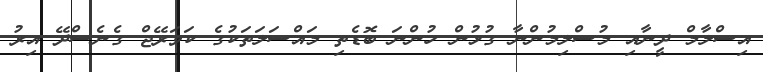
އިސްލާމް ދީނާއި މުސްލިމުންނާ ގުޅުން ހުންނަ ބޮޑެތި މައްސަލަތަކުގެ ކަވަރޭޖް ގެނެސްދޭ އިރު